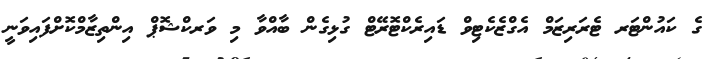
ގެ ކައުންޓަރ ޓެރަރިޒަމް އެގްޒެކެޓިވް ޑައިރެކްޓޮރޭޓް ގުޅިގެން ބާއްވާ މި ވަރކްޝޮޕް އިންތިޒާމްކޮށްފައިވަނީ